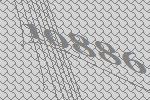
10886